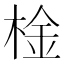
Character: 𣔋